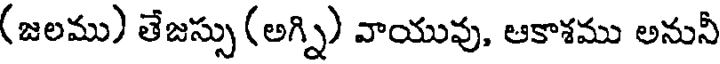
(జలము) తేజస్సు (అగ్ని) వాయువు, ఆకాశము అనునీ